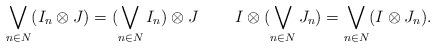
LaTeX: \begin{align*}\bigvee_{n \in N} (I_n \otimes J)=(\bigvee_{n \in N} I_n) \otimes J \;\;\;\; \;\;\;\;I \otimes (\bigvee_{n \in N} J_n)=\bigvee_{n \in N} (I \otimes J_n).\end{align*}